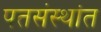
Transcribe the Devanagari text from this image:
पतसंस्थांत